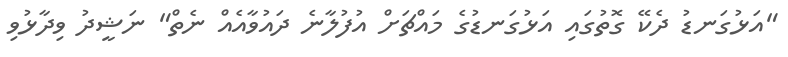
"އަޅުގަނޑު ދެކޭ ގޮތުގައި އަޅުގަނޑުގެ މައްޗަށް އުފުލާނެ ދައުވާއެއް ނެތް" ނަޝީދު ވިދާޅުވި